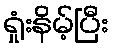
ရှုံးနိမ့်ပြီး